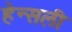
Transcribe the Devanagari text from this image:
हेन्सली